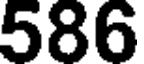
586